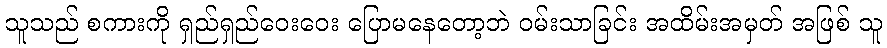
သူသည် စကားကို ရှည်ရှည်ဝေးဝေး ပြောမနေတော့ဘဲ ဝမ်းသာခြင်း အထိမ်းအမှတ် အဖြစ် သူ